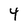
Character: 4